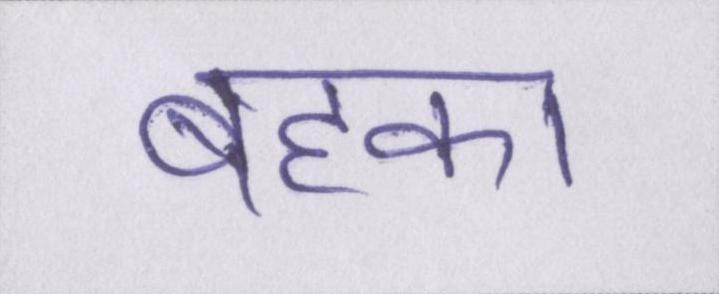
बहका